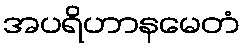
အပရိဟာနမေတံ